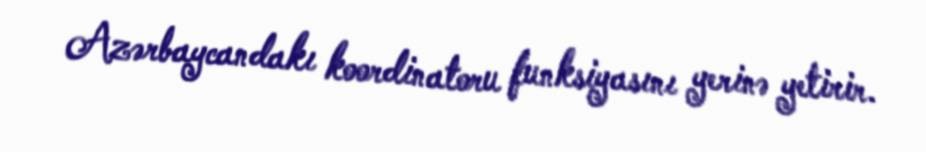
Azərbaycandakı koordinatoru funksiyasını yerinə yetirir.